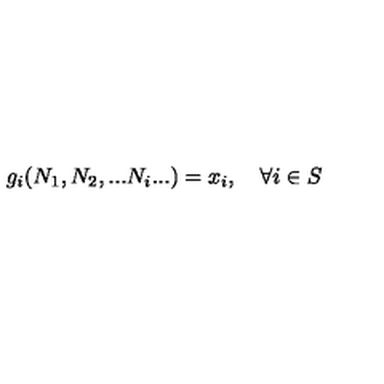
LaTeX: g _ { i } ( N _ { 1 } , N _ { 2 } , . . . N _ { i } . . . ) = x _ { i } , \quad \forall i \in S